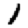
Digit: 1